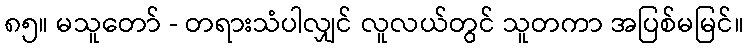
၈၅။ မသူတော် - တရားသံပါလျှင် လူလယ်တွင် သူတကာ အပြစ်မမြင်။